Annual report on the working of the mental hospitals in the Madras Presidency - 1912-1932
Year: 1912
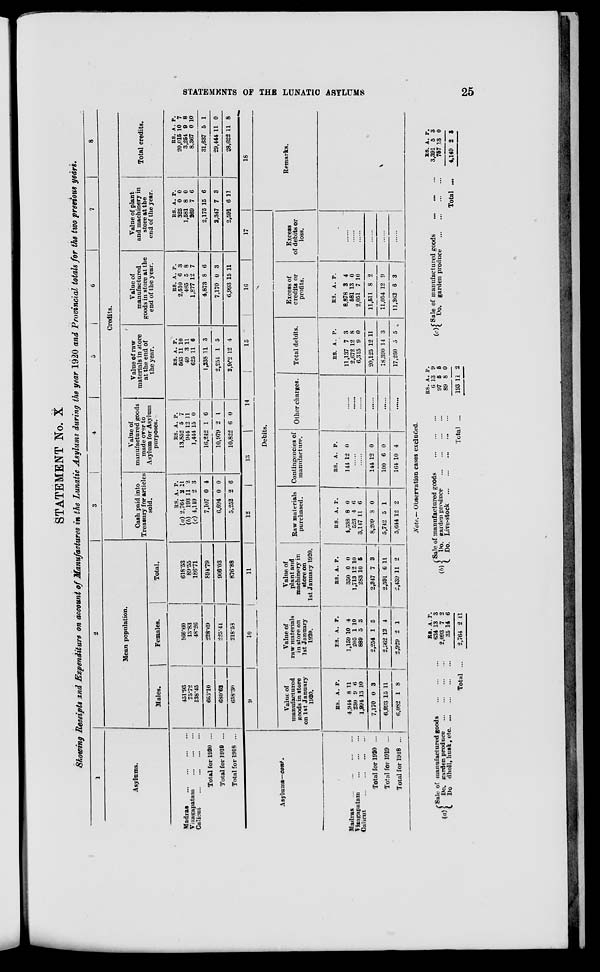
STATEMENTS OF THE LUNATIC ASYLUMS
25
STATEMENT No. X
Showing Receipts and Expenditure on account of Manufactures in the Lunatic Asylums during the year 1920 and Provincial totals for the two previous years.
1
Asylums.
Madras
...
...
...
...
Vizagapatam
...
...
...
Calicut
...
...
...
...
Total for 1920 ...
Total for 1919 ...
Total for 1918 ...
2
Mean population.
Males.
451.93
75.72
138.45
666.10
680.62
658.30
Females.
166.60
13.83
48.26
228.69
225.41
218.58
Total.
618.53
89.55
186.71
894.79
906.03
876.88
3
4
5
6
7
8
Credits.
Cash paid into
Treasury for articles
sold.
RS.
(a) 2,764
(b) 193
(c) 4,149
7,107
6,694
5,252
A.
2
11
2
0
0
2
P.
11
2
3
4
0
6
Value of
manufactured goods
made over to
Asylum for Asylum
purposes.
RS.
13,852
944
1,444
16,242
10,979
10,822
A.
5
12
15
1
2
6
P.
7
11
0
6
1
0
Value of raw
materials in store
at the end of
the year.
RS.
563
49
625
1,238
2,254
2,962
A.
11
3
11
11
1
12
P.
10
11
6
3
5
4
Value of
manufactured
goods in store at the
end of the year.
RS.
2.510
485
1,877
4,873
7,170
6,993
A.
6
5
12
8
0
15
P.
3
8
7
6
3
11
Value of plant
and machinery in
store at the
end of the year.
RS.
325
1,581
269
2,175
2,347
2,591
A.
0
8
7
15
7
6
P.
0
0
6
6
3
11
Total credits.
RS.
20,015
3,254
8,367
31,637
29,444
28,622
A.
10
9
0
5
11
11
P.
7
8
10
1
0
8
Asylums—cont.
Madras
...
...
...
...
Vizagapatam ... ... ... ...
Calicut
...
...
...
...
Total for 1920 ...
Total for 1919 ...
Total for 1918 ...
9
10
11
12
13
14
15
16
17
Debits.
Value of
manufactured
goods in store
on 1st January
1920.
RS.
4,944
230
1,994
7,170
6,993
6,082
A.
8
9
13
0
15
1
P.
11
6
10
3
11
8
Value of
raw materials
in store on
1st January
1920.
RS.
1,159
205
889
2,254
2,962
2,929
A.
10
1
5
1
12
2
P.
4
10
3
5
4
1
Value of
plant and
machinery in
store on
1st January 1920.
RS.
350
1,713
283
2,347
2,591
2,439
A.
0
12
10
7
6
11
P.
0
10
5
3
11
2
Raw materials
purchased.
RS.
1,538
523
3,147
8,209
5,742
5,644
A.
8
4
11
3
5
12
P.
0
6
6
0
1
2
Contingencies of
manufacture.
RS.
144
A.
12
P.
0
......
......
144
100
164
12
6
10
0
0
4
Other charges.
......
......
......
......
......
......
Total debits.
RS.
11,137
2,672
6,315
20,125
18,390
17,260
A.
7
12
9
12
14
5
P.
3
8
0
11
3
5
Excess of
credits or
profits.
RS.
8,878
581
2,051
11,511
11,054
11,362
A.
3
13
7
8
12
6
P.
4
0
10
2
9
3
Excess
of debits or
loss.
......
......
......
......
......
......
18
Remarks.
(a)
Sale of manufactured goods ... ... ...
Do. garden produce
...
...
...
...
Do. dholl, husk, etc.
...
...
...
...
Total ...
RS.
634
2,093
35
2,764
A.
13
7
14
2
P.
3
2
6
11
Note.— Observation cases excluded.
(b).
Sale of manufactured goods
...
...
...
Do. garden produce
...
...
...
...
Do. Live-stock
...
...
...
...
...
Total ...
RS.
6
97
89
193
A.
13
5
8
11
P.
9
5
0
2
(c)
Sale of manufactured goods ... ... ...
Do. garden produce
...
...
...
...
Total ...
RS.
3,391
757
4,149
A
5
13
2
P.
3
0
3